Civil Veterinary Dept. Bombay admin report 1932-41 - 1932-1941
Year: 1932
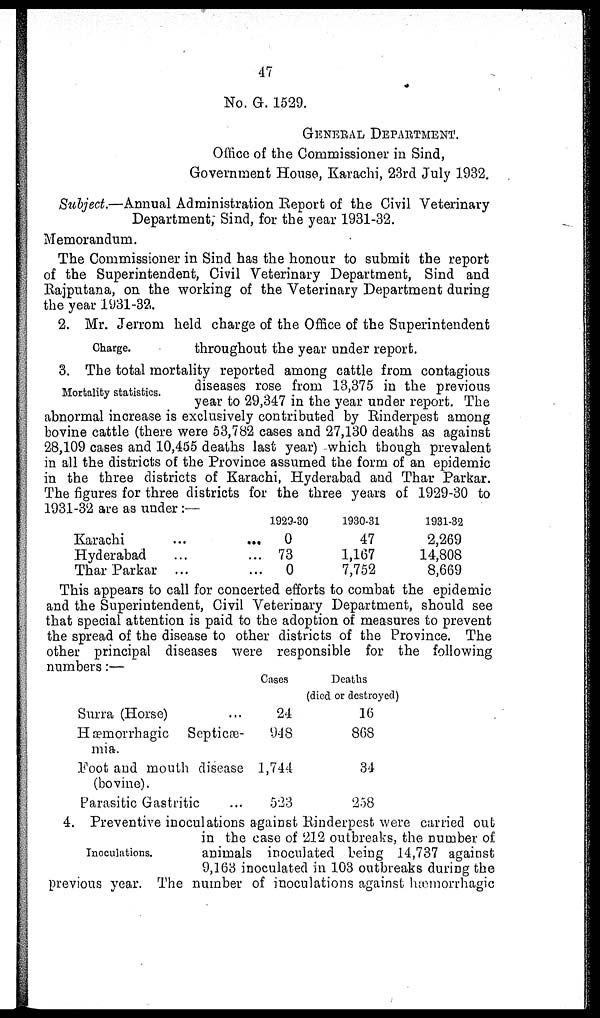
47
No. G. 1529.
GENERAL DEPARTMENT.
Office of the Commissioner in Sind,
Government House, Karachi, 23rd July 1932.
Subject.—Annual Administration Report of the Civil Veterinary
Department, Sind, for the year 1931-32.
Memorandum.
The Commissioner in Sind has the honour to submit the report
of the Superintendent, Civil Veterinary Department, Sind and
Rajputana, on the working of the Veterinary Department during
the year 1931-32.
Charge.
2. Mr. Jerrom held charge of the Office of the Superintendent
throughout the year under report.
Mortality statistics.
3. The total mortality reported among cattle from contagious
diseases rose from 13,375 in the previous
year to 29,347 in the year under report. The
abnormal increase is exclusively contributed by Rinderpest among
bovine cattle (there were 53,782 cases and 27,130 deaths as against
28,109 cases and 10,455 deaths last year) which though prevalent
in all the districts of the Province assumed the form of an epidemic
in the three districts of Karachi, Hyderabad and Thar Parkar.
The figures for three districts for the three years of 1929-30 to
1931-32 are as under:—
Karachi ... ...
Hyderabad ... ...
Thar Parkar ... ...
1929-30
0
73
0
1930-31
47
1,167
7,752
1931-32
2,269
14,808
8,669
This appears to call for concerted efforts to combat the epidemic
and the Superintendent, Civil Veterinary Department, should see
that special attention is paid to the adoption of measures to prevent
the spread of the disease to other districts of the Province. The
other principal diseases were responsible for the following
numbers:—
Surra (Horse) ...
Hæmorrhagic Septicæ-
mia.
Foot and mouth disease
(bovine).
Parasitic Gastritic ...
Cases
24
948
1,744
523
Deaths
(died or destroyed)
16
868
34
238
Inoculations.
4. Preventive inoculations against Rinderpest were carried out
in the case of 212 outbreaks, the number of
animals inoculated being 14,737 against
9,163 inoculated in 103 outbreaks during the
previous year. The number of inoculations against hæmorrhagic